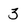
Character: 3